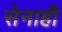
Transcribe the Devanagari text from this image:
सेनाही